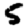
Digit: 5